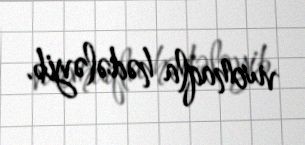
vurmaqla hədələyib.